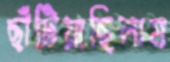
ছাঁটিয়াছিলাম